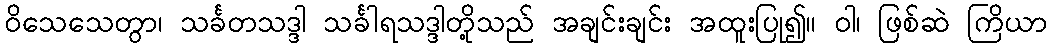
ဝိသေသေတွာ၊ သင်္ခတသဒ္ဒါ သင်္ခါရသဒ္ဒါတို့သည် အချင်းချင်း အထူးပြု၍။ ဝါ၊ ဖြစ်ဆဲ ကြိယာ